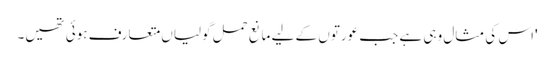
'اس کی مثال وہی ہے جب عورتوں کے لیے مانعِ حمل گولیاں متعارف ہوئی تھیں۔